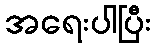
အရေးပါပြီး